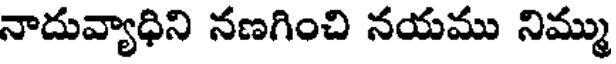
నాదువ్యాధిని నణగించి నయము నిమ్ము